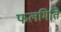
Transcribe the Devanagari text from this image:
फलमिति